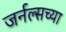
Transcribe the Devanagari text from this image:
जर्नल्सच्या